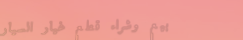
بيع وشراء قطع غيار السيار